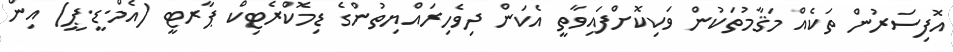
އޮފިސަރުން ތަކެއް މަޤާމުތަކުން ވަކިކޮށްފައިވާތީ އެކަން ދިވެހިރައްޔިތުންގެ ޑިމޮކްރެޓިކް ޕާރޓީ (އެމް.ޑީ.ޕީ) އިން